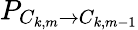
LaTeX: P_{C_{k,m}\rightarrow C_{k,m-1}}